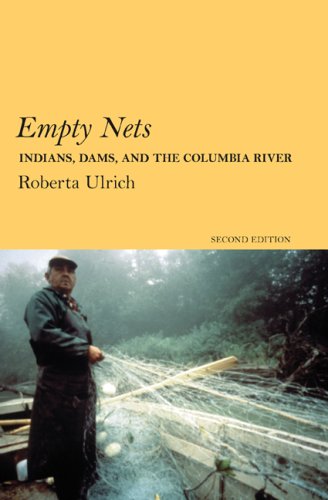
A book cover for Empty Nets, 2nd ed: Indians, Dams, and the Columbia River (Culture and Environment in the Pacific West); Roberta Ulrich; Law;